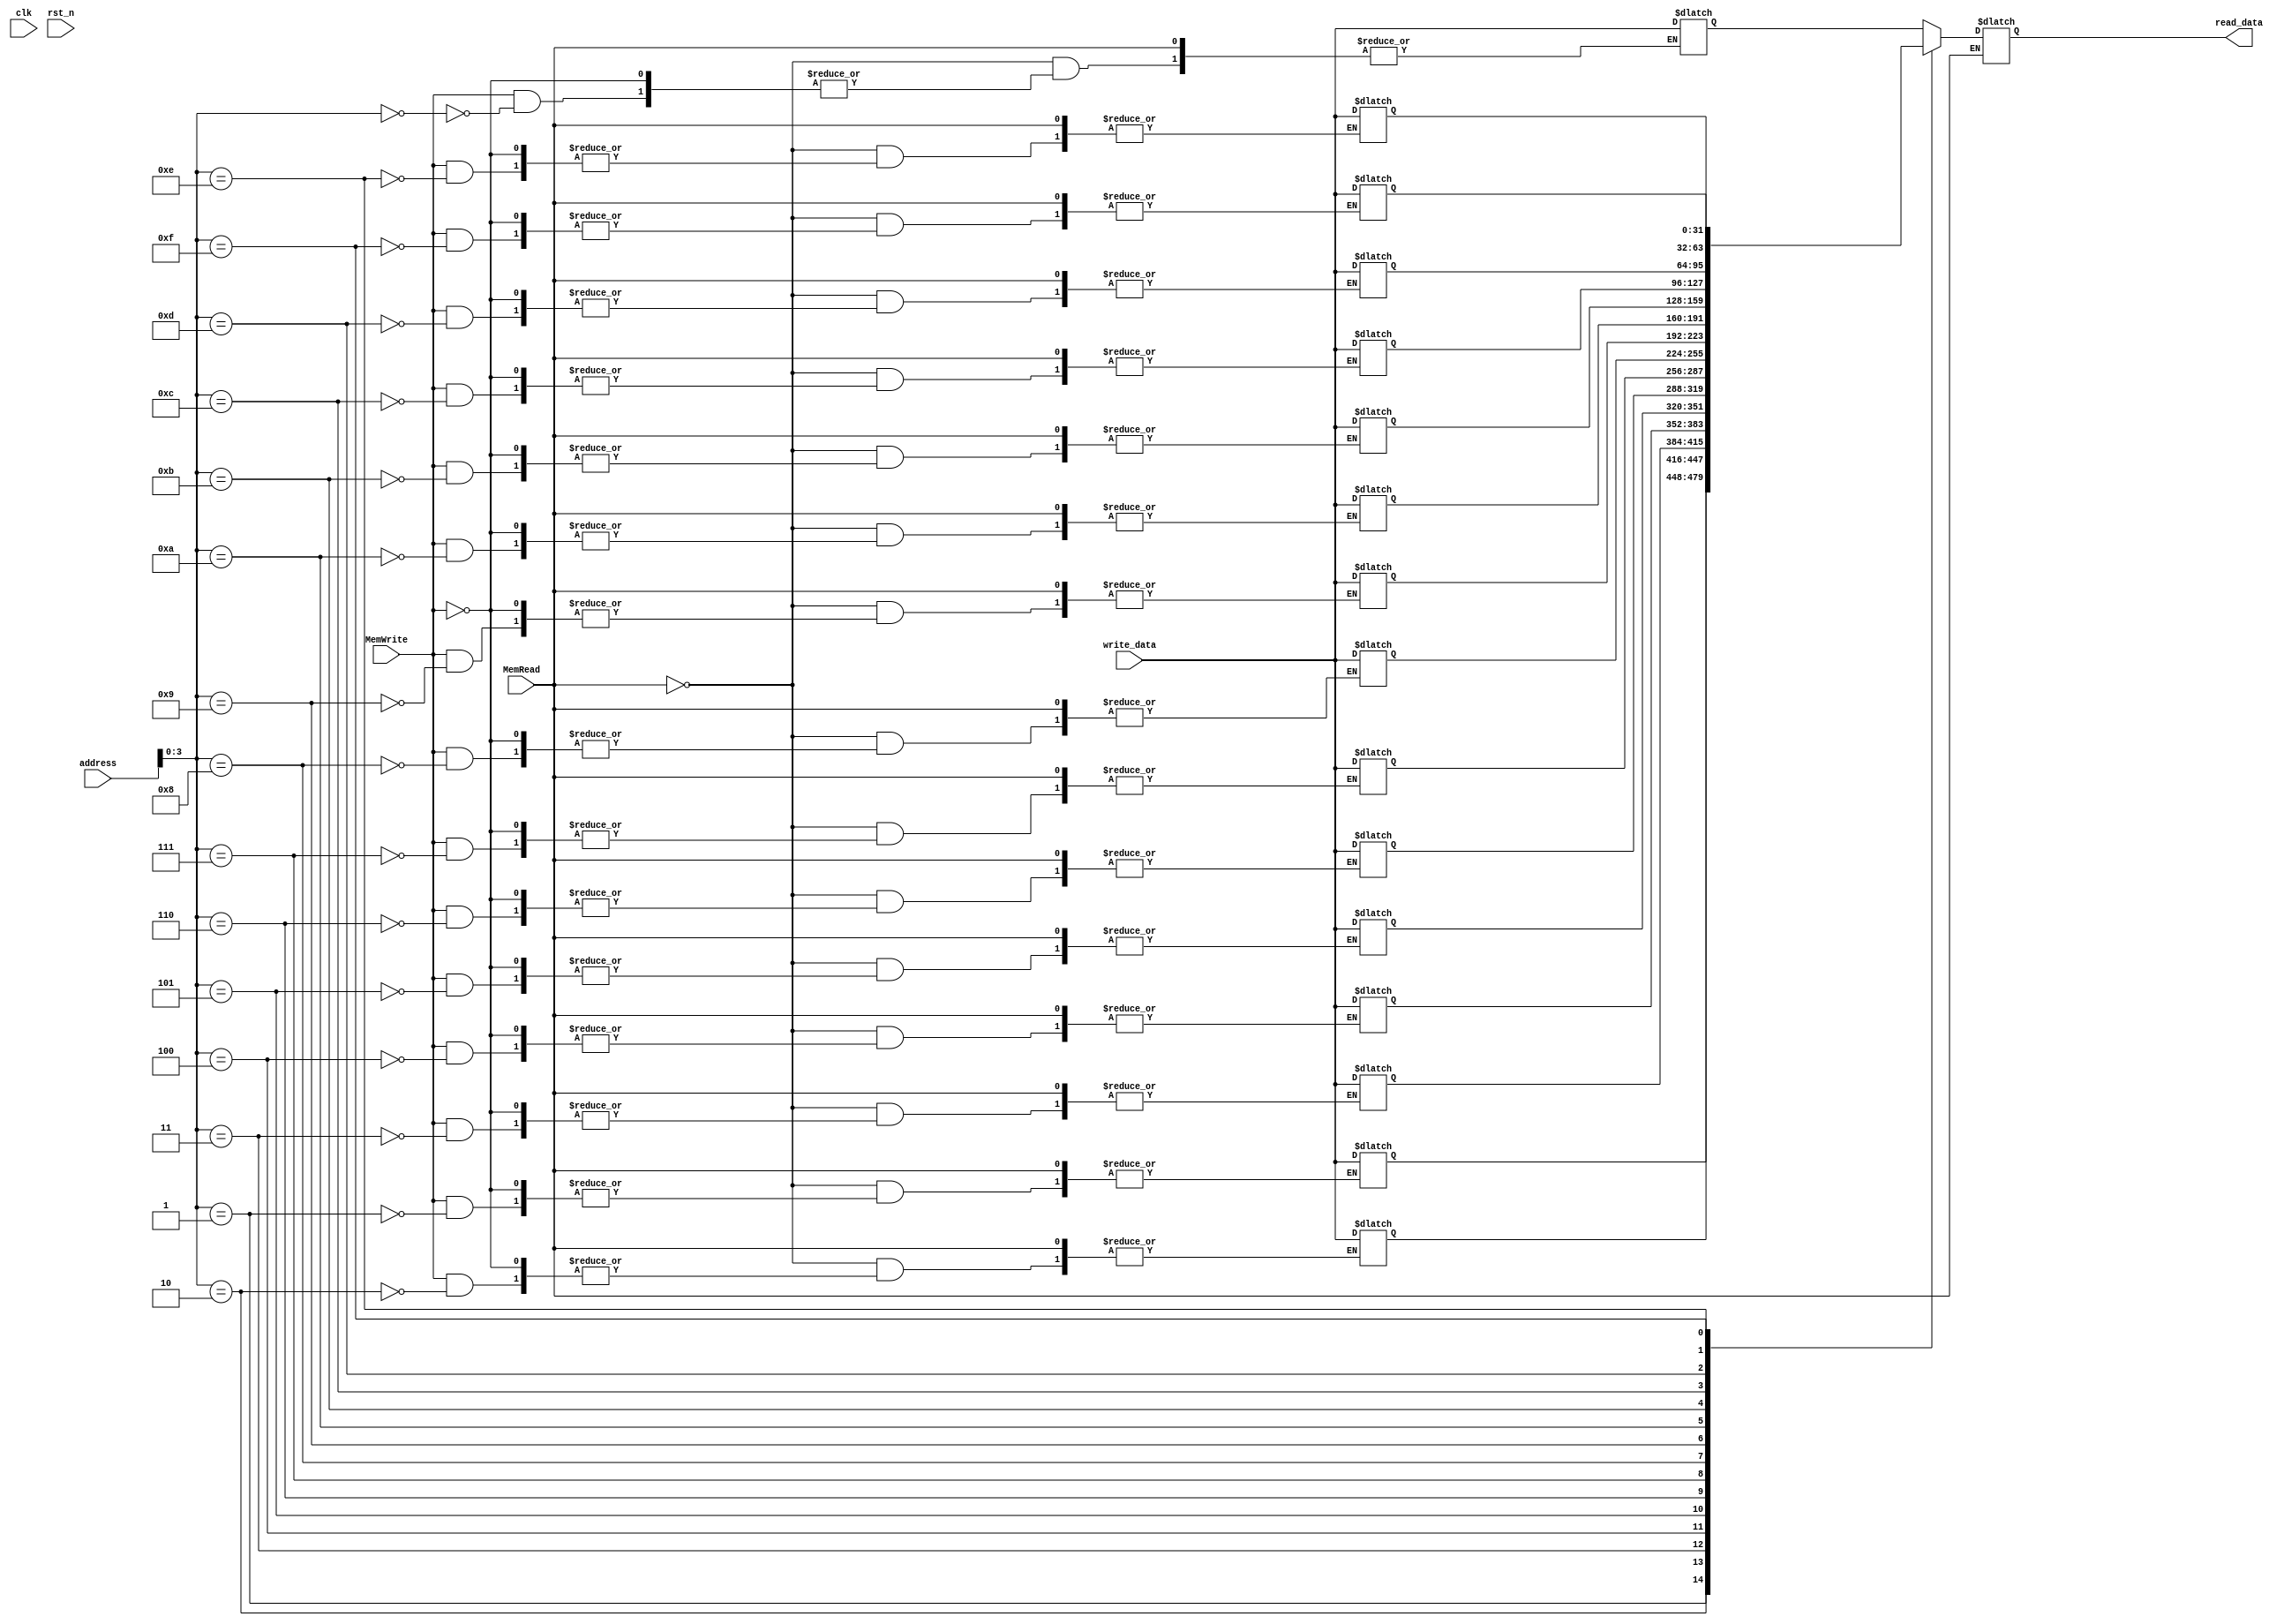
//////////////////////////////////////////////////////////////////////////////////
// Module Name:             data_memory.v
// Last Modification:       4/6/2016
// Description:             data memory of MIPS processor
//////////////////////////////////////////////////////////////////////////////////

`timescale 1ns / 1ps

module data_memory(clk, rst_n, MemRead, MemWrite, address, write_data, read_data
    );

    input                       clk;
    input                       rst_n;
    
    input                       MemRead;
    input                       MemWrite;
    
    input           [31:0]      address;
    input           [31:0]      write_data;
    
    output reg      [31:0]      read_data;
    
    reg             [31:0]      memory [0:15];
    
    
    initial
    begin
        memory[ 0] <= 32'd0;
        memory[ 1] <= 32'd1;
        memory[ 2] <= 32'd2;
        memory[ 3] <= 32'd3;
        memory[ 4] <= 32'd4;
        memory[ 5] <= 32'd5;
        memory[ 6] <= 32'd6;
        memory[ 7] <= 32'd7;
        memory[ 8] <= 32'd8;
        memory[ 9] <= 32'd9;
        memory[10] <= 32'd10;
        memory[11] <= 32'd11;
        memory[12] <= 32'd12;
        memory[13] <= 32'd13;
        memory[14] <= 32'd14;
        memory[15] <= 32'd15;

    end
    
    always @(*)
    begin
        if(MemRead)
        begin
            read_data <= memory[address];
        end
        else if(MemWrite)
        begin
            memory[address] <= write_data;
        end
    end
    
    
    /*
    always @(posedge clk or negedge rst_n)
    begin
        if(!rst_n)
        begin
            memory[ 0] <= 32'd0;
            memory[ 1] <= 32'd1;
            memory[ 2] <= 32'd2;
            memory[ 3] <= 32'd3;
            memory[ 4] <= 32'd4;
            memory[ 5] <= 32'd5;
            memory[ 6] <= 32'd6;
            memory[ 7] <= 32'd7;
            memory[ 8] <= 32'd8;
            memory[ 9] <= 32'd9;
            memory[10] <= 32'd10;
            memory[11] <= 32'd11;
            memory[12] <= 32'd12;
            memory[13] <= 32'd13;
            memory[14] <= 32'd14;
            memory[15] <= 32'd15;
        end
        else if(MemRead)
        begin
            read_data <= memory[address];
        end
        else if(MemWrite)
        begin
            memory[address] <= write_data;
        end
    end
    */

                    
    

endmodule